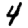
Digit: 4